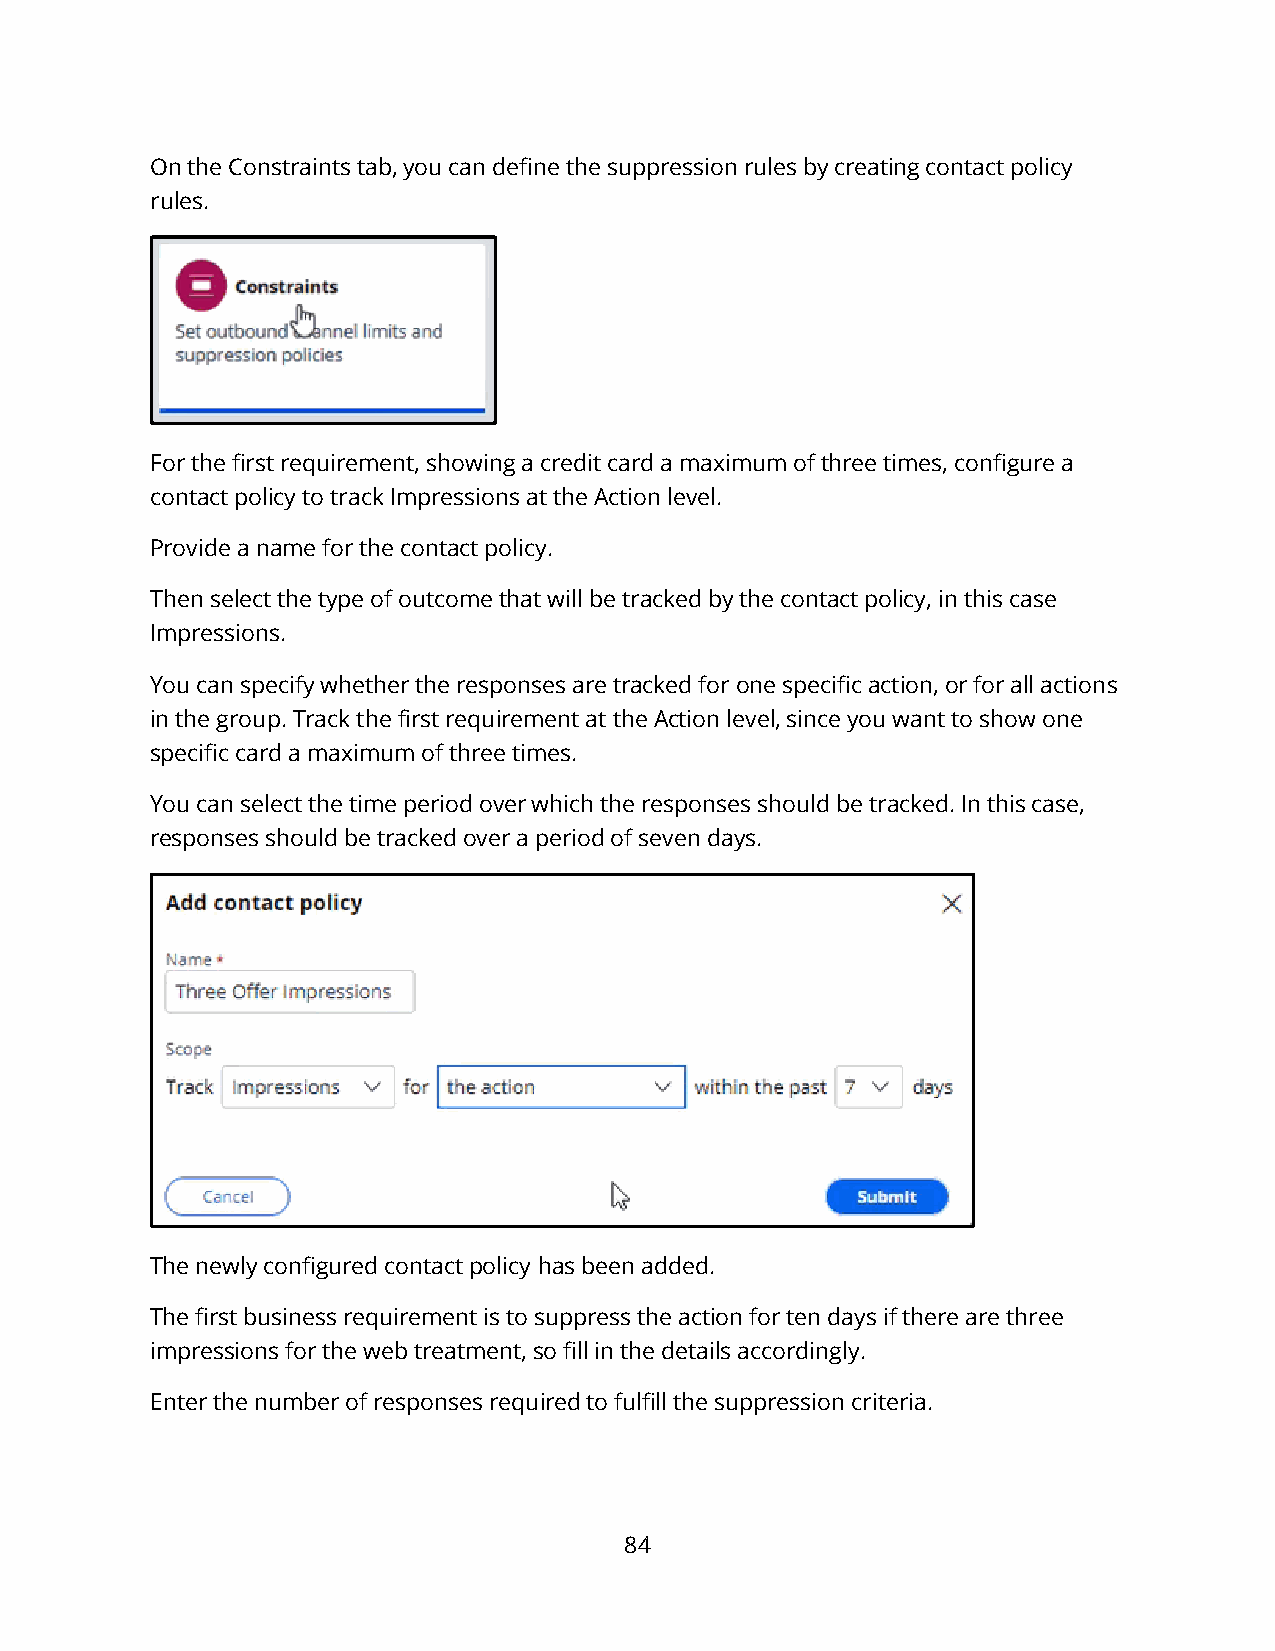
On the Constraints tab, you can define the suppression rules by creating contact policy
 rules.
 For the first requirement, showing a credit card a maximum of three times, configure a
 contact policy to track Impressions at the Action level.
 Provide a name for the contact policy.
 Then select the type of outcome that will be tracked by the contact policy, in this case
 Impressions.
 You can specify whether the responses are tracked for one specific action, or for all actions
 in the group. Track the first requirement at the Action level, since you want to show one
 specific card a maximum of three times.
 You can select the time period over which the responses should be tracked. In this case,
 responses should be tracked over a period of seven days.
 The newly configured contact policy has been added.
 The first business requirement is to suppress the action for ten days if there are three
 impressions for the web treatment, so fill in the details accordingly.
 Enter the number of responses required to fulfill the suppression criteria.
 84